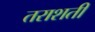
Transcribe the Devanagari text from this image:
तराशती